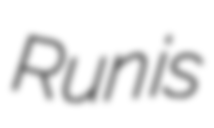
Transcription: Run is